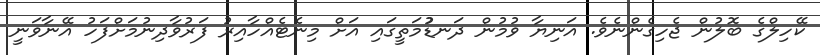
ކޭހިލްގެ ބޮލުން ޖެހިގެންނެވެ. އަނިޔާ ވުމުން ދަނޑުުމަތީގައި އަށް މިނެޓެއްހާއިރު ފަރުވާދިނުމަށްފަހު އޭނާވަނީ